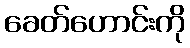
ခေတ်ဟောင်းကို